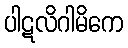
ပါဋလိဂါမိကေ